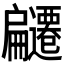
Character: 𭠌